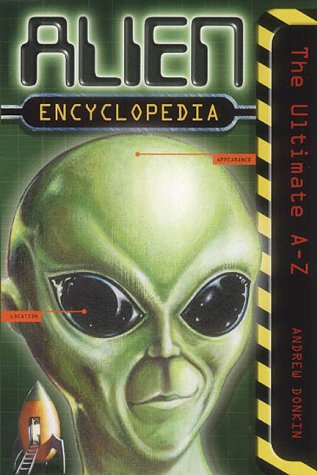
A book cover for Alien Encyclopedia; Andrew Donkin; Reference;